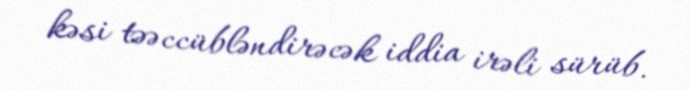
kəsi təəccübləndirəcək iddia irəli sürüb.